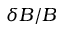
\delta B / B